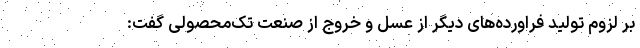
بر لزوم تولید فراورده‌های دیگر از عسل و خروج از صنعت تک‌محصولی گفت: